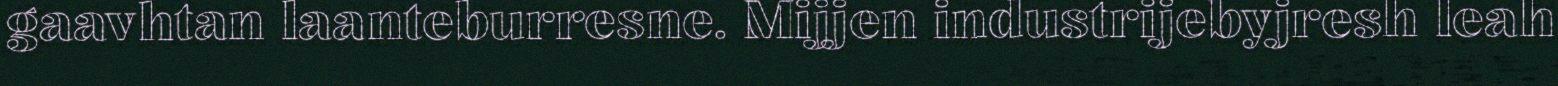
gaavhtan laanteburresne. Mijjen industrijebyjresh leah